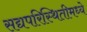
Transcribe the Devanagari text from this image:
सद्यपरिस्थितीमध्ये